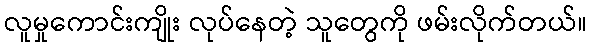
လူမှုကောင်းကျိုး လုပ်နေတဲ့ သူတွေကို ဖမ်းလိုက်တယ်။